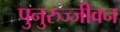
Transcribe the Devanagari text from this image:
पुनुरुज्जीवन